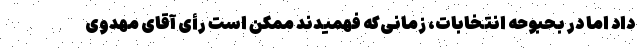
داد اما در بحبوحه انتخابات، زمانی‌که فهمیدند ممکن است رأی آقای مهدوی